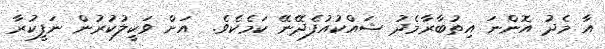
އާ މެދު އޮންނަ އިތުބާރާމެދު ޝައްކުއުފެދޭނޭ ކަމެކެވެ.  އަށް ވަކީލުކުރުން ނަފީކުރާ